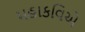
મહાકવિએ